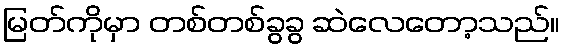
မြတ်ကိုမှာ တစ်တစ်ခွခွ ဆဲလေတော့သည်။